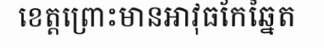
ខេត្តព្រោះមានអាវុធកែឆ្នៃត